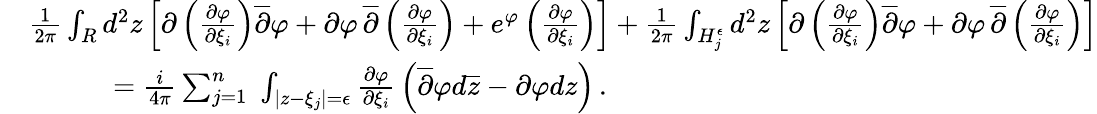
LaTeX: \begin{array}{rl}&{{\frac{1}{2\pi}}\int_{R}d^{2}z\left[\partial\left({\frac{\partial\varphi}{\partial\xi_{i}}}\right)\overline{{\partial}}\varphi+\partial\varphi\, \overline{{\partial}}\left({\frac{\partial\varphi}{\partial\xi_{i}}}\right)+e^{\varphi}\left({\frac{\partial\varphi}{\partial\xi_{i}}}\right)\right]+{\frac{1}{2\pi}}\int_{H_{j}^{\epsilon}}d^{2}z\left[\partial\left({\frac{\partial\varphi}{\partial\xi_{i}}}\right)\overline{{\partial}}\varphi+\partial\varphi\, \overline{{\partial}}\left({\frac{\partial\varphi}{\partial\xi_{i}}}\right)\right]}\\ &{\quad\quad\quad={\frac{i}{4\pi}}\sum_{j=1}^{n}\; \int_{|z-\xi_{j}|=\epsilon}{\frac{\partial\varphi}{\partial\xi_{i}}}\left(\overline{{\partial}}\varphi d\overline{{z}}-\partial\varphi dz\right)\, .}\end{array}